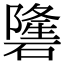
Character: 䃧